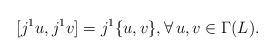
LaTeX: \begin{gather*}[j^1u,j^1v]=j^1\{u,v\},\forall \, u,v\in\Gamma(L).\end{gather*}